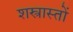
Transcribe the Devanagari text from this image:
शस्त्रास्तों